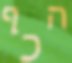
הכף